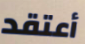
أعتقد